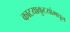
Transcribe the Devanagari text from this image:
काटयाकुटयांमधून